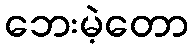
ဘေးမဲ့တော